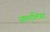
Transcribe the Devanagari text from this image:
सफालिंगा